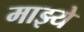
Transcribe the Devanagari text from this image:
माझ्ये